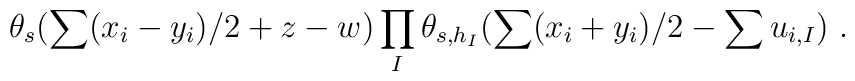
\theta_{s}(\sum (x_i-y_i)/2+z-w)\prod_{I}\theta_{s,h_I}(\sum (x_i+y_i)/2-\sum u_{i,I})~.